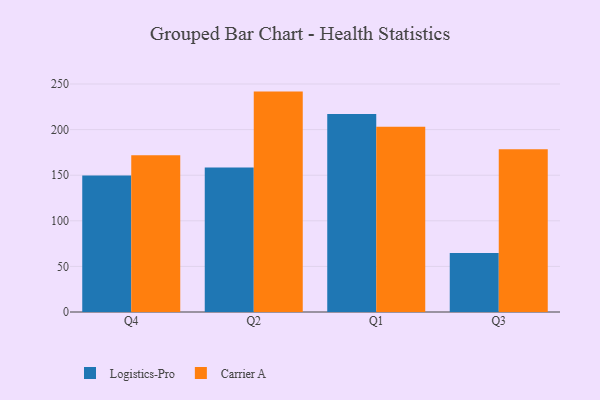
{"axis": {"x": "Quarter", "y": "Churn Rate (%)"}, "legend": ["Carrier A", "Logistics-Pro"], "data": [{"x": "Q4", "y": 149.6, "type": "Logistics-Pro"}, {"x": "Q4", "y": 171.8, "type": "Carrier A"}, {"x": "Q2", "y": 158.6, "type": "Logistics-Pro"}, {"x": "Q2", "y": 241.7, "type": "Carrier A"}, {"x": "Q1", "y": 217.0, "type": "Logistics-Pro"}, {"x": "Q1", "y": 203.2, "type": "Carrier A"}, {"x": "Q3", "y": 64.7, "type": "Logistics-Pro"}, {"x": "Q3", "y": 178.6, "type": "Carrier A"}]}